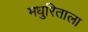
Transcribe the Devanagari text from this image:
मधुरिताला